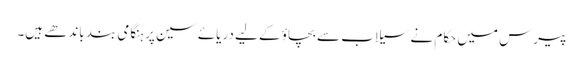
پیرس میں حکام نے سیلاب سے بچاؤ کے لیے دریائے سین پر ہنگامی بند باندھے ہیں۔